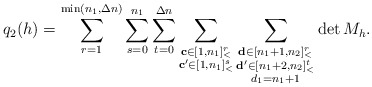
\begin{align*}q_2(h)=\sum\limits_{r=1}^{\min(n_1,\Delta n)}\sum\limits_{s=0}^{n_1}\sum\limits_{t=0}^{\Delta n}\sum\limits_{\substack{\mathbf{c}\in [1,n_1]_<^r\\\mathbf{c'}\in [1,n_1]_<^s}}\sum\limits_{\substack{\mathbf{d}\in [n_1+1,n_2]_<^r\\\mathbf{d'}\in [n_1+2,n_2]_<^t\\d_1=n_1+1}}\det M_h.\end{align*}